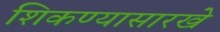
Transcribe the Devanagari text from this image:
शिकण्यासारखे